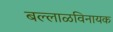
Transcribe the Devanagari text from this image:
बल्लाळविनायक